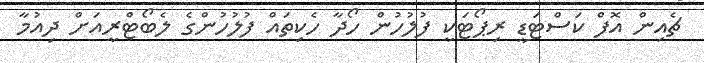
ޗެއިން އޮފް ކަސްޓަޑީ ރިޕޯޓަކީ ފުލުހުން ހޯދާ ހެކިތައް ފުލުހުންގެ ލެބޯޓްރީއަށް ދިއުމާ